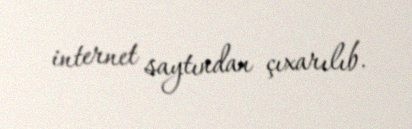
internet saytından çıxarılıb.